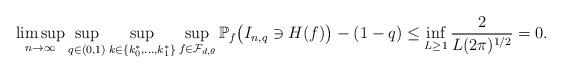
LaTeX: \begin{align*}\limsup_{n \rightarrow \infty} \sup_{q \in (0,1)} \sup_{k \in \{k_0^*,\ldots,k_1^*\}} \sup_{f \in \mathcal{F}_{d,\theta}}\mathbb{P}_f\bigl(I_{n,q} \ni H(f)\bigr) - (1-q) \leq \inf_{L \geq 1} \frac{2}{L(2\pi)^{1/2}} = 0.\end{align*}